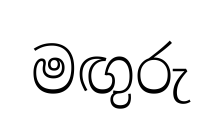
මඟුරු